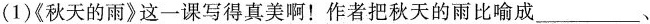
(1)《秋天的雨》这一课写得真美啊！作者把秋天的雨比喻成___、